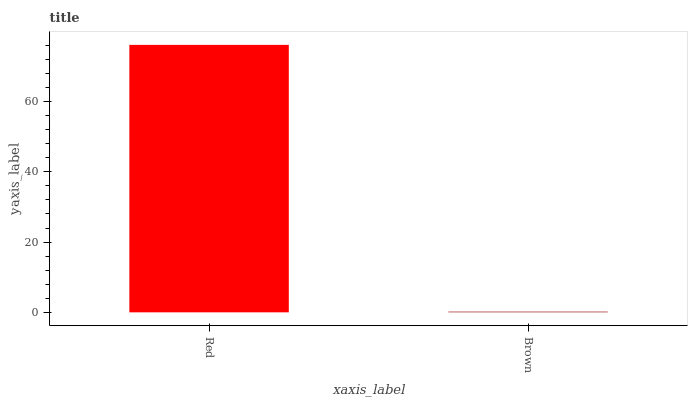
| xaxis_label | bars |
 | --- | --- |
 | Red | 76.1 |
 | Brown | 0.211 |